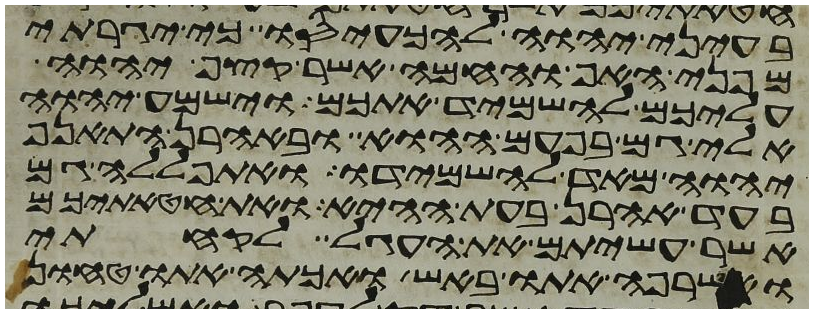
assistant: בעיני יהוה להכעיסו כי יגרתי
מפני האף והחמה אשר קצף יהוה
עליכם להשמיד אתכם וישמע יהוה
אלי גם בפעם ההוא ובאהרן התאנף
יהוה מאד להשמידו ואתפללה גם
בעד אהרן בעת ההיא ואת חטאתיכם
אשר עשיתם את העגל לקחתי
ואשרפה אתו באש ואכתה אתו טחון